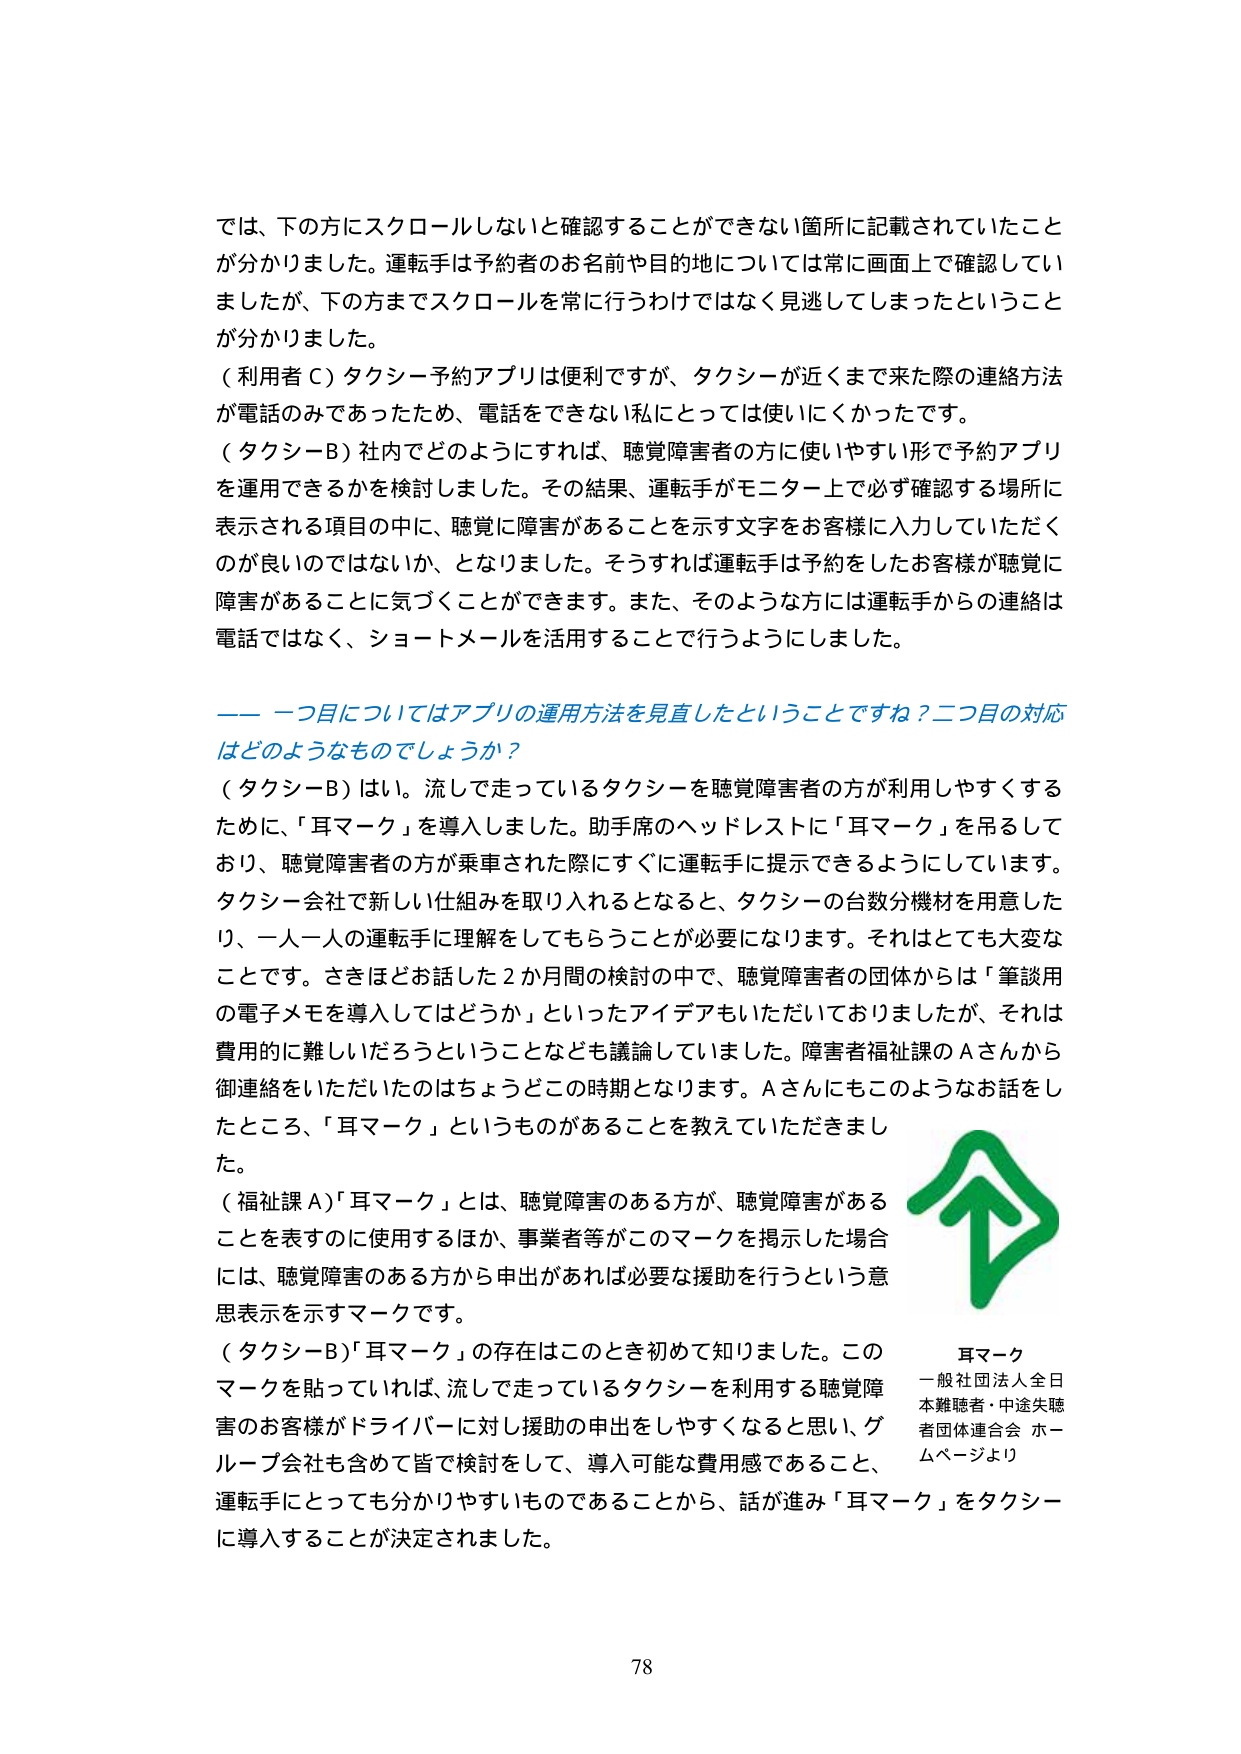
では、下の方にスクロールしないと確認することができない箇所に記載されていたことが分かりました。運転手は予約者のお名前や目的地については常に画面上で確認していましたが、下の方までスクロールを常に行うわけではなく見逃してしまったということが分かりました。

（利用者Ｃ）タクシー予約アプリは便利ですが、タクシーが近くまで来た際の連絡方法が電話のみであったため、電話をできない私にとっては使いにくかったです。

（タクシーＢ）社内でどのようにすれば、聴覚障害者の方に使いやすい形で予約アプリを運用できるかを検討しました。その結果、運転手がモニター上で必ず確認する場所に表示される項目の中に、聴覚に障害があることを示す文字をお客様に入力していただくのが良いのではないか、となりました。そうすれば運転手は予約をしたお客様が聴覚に障害があることに気づくことができます。また、そのような方には運転手からの連絡は電話ではなく、ショートメールを活用することで行うようにしました。

―― 一つ目についてはアプリの運用方法を見直したということですね？二つ目の対応はどのようなものでしょうか？

（タクシーＢ）はい。流して走っているタクシーを聴覚障害者の方が利用しやすくするために、「耳マーク」を導入しました。助手席のヘッドレストに「耳マーク」を吊るしており、聴覚障害者の方が乗車された際にすぐに運転手に提示できるようにしています。タクシー会社で新しい仕組みを取り入れるとなれば、タクシーの台数分機材を用意したり、一人一人の運転手に理解をしてもらうことが必要になります。それはとても大変なことです。さきほどお話した２か月間の検討の中で、聴覚障害者の団体からは「筆談用の電子メモを導入してはどうか」といったアイデアもいただいておりましたが、それは費用的に難しいだろうということなども議論していました。障害者福祉課のＡさんから御連絡をいただいたのはちょうどこの時期となります。Ａさんにもこのようなお話をしたところ、「耳マーク」というものがあることを教えていただきました。

（福祉課Ａ）「耳マーク」とは、聴覚障害のある方が、聴覚障害があることを表すのに使用するほか、事業者等がこのマークを掲示した場合には、聴覚障害のある方から申出があれば必要な援助を行うという意思表示を示すマークです。

（タクシーＢ）「耳マーク」の存在はこのとき初めて知りました。このマークを貼っていれば、流して走っているタクシーを利用する聴覚障害のお客様がドライバーに対し援助の申出をしやすくなると思い、グループ会社も含めて皆で検討をして、導入可能な費用感であること、運転手にとっても分かりやすいものであることから、話が進み「耳マーク」をタクシーに導入することが決定されました。

耳マーク
一般社団法人全日本難聴者・中途失聴者団体連合会 ホームページより

78